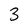
Character: 3